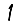
Digit: 1